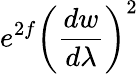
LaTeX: e^{2f}\left(\frac{dw}{d\lambda}\right)^{2}